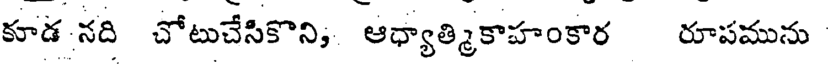
కూడ నది చోటుచేసికొని, ఆధ్యాత్మికాహంకార రూపమును